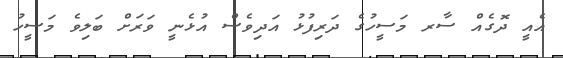
އެއީ ދޮގެއް ސާރ މަސީހުގެ ދަރިފުޅު އަދިވެސް އުޅެނީ ވަރަށް ބަލިވެ މަސީހު